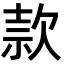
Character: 款